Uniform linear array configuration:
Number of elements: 24
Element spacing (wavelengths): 1
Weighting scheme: exponential
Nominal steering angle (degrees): -45
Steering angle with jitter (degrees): -45.733
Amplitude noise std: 0.05
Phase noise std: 0.05

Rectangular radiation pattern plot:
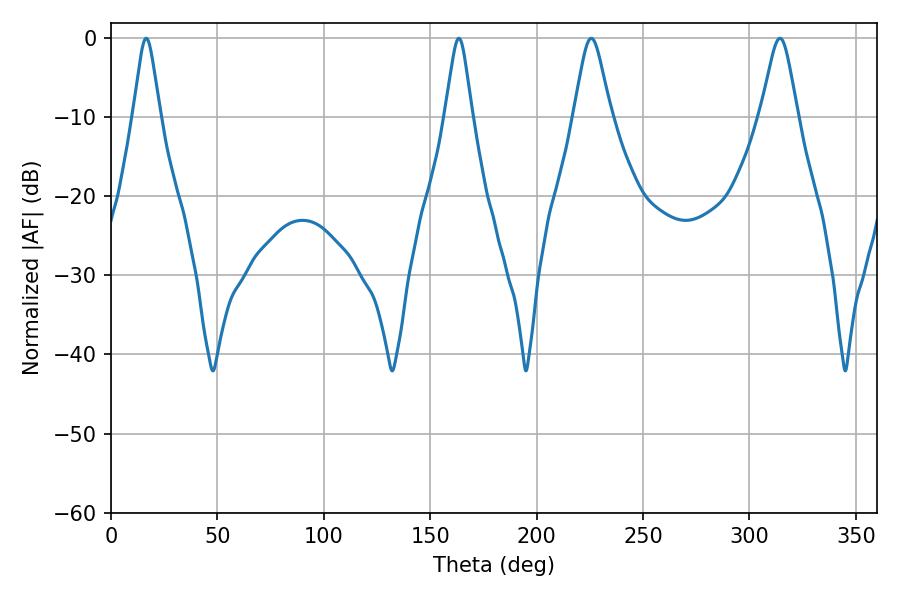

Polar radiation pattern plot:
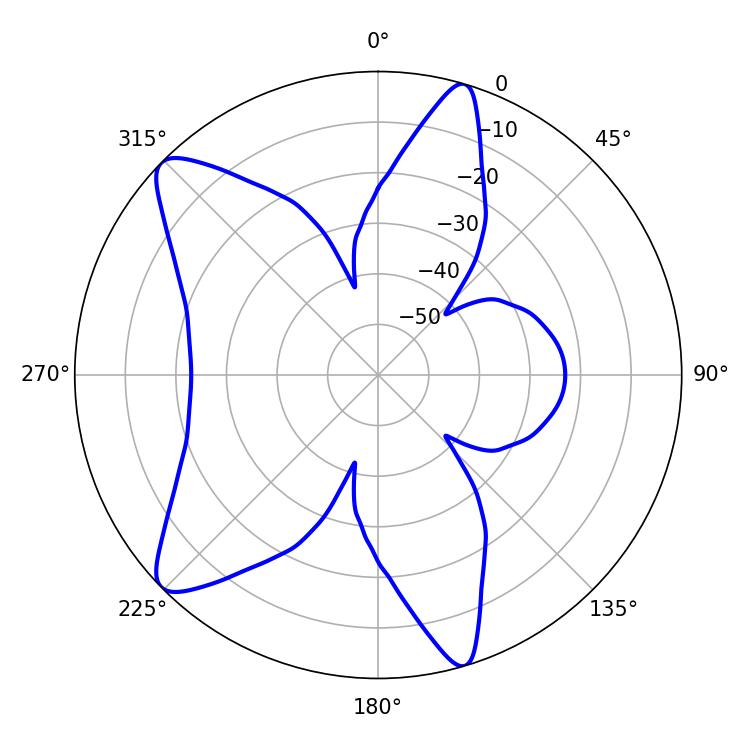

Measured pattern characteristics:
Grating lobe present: TRUE
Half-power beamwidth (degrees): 5.94
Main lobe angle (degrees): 16.56